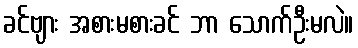
ခင်ဗျား အစားမစားခင် ဘာ သောက်ဦးမလဲ။